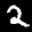
Label: 2